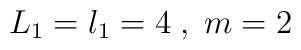
L_{1} = l_{1} = 4 \;, \; m = 2